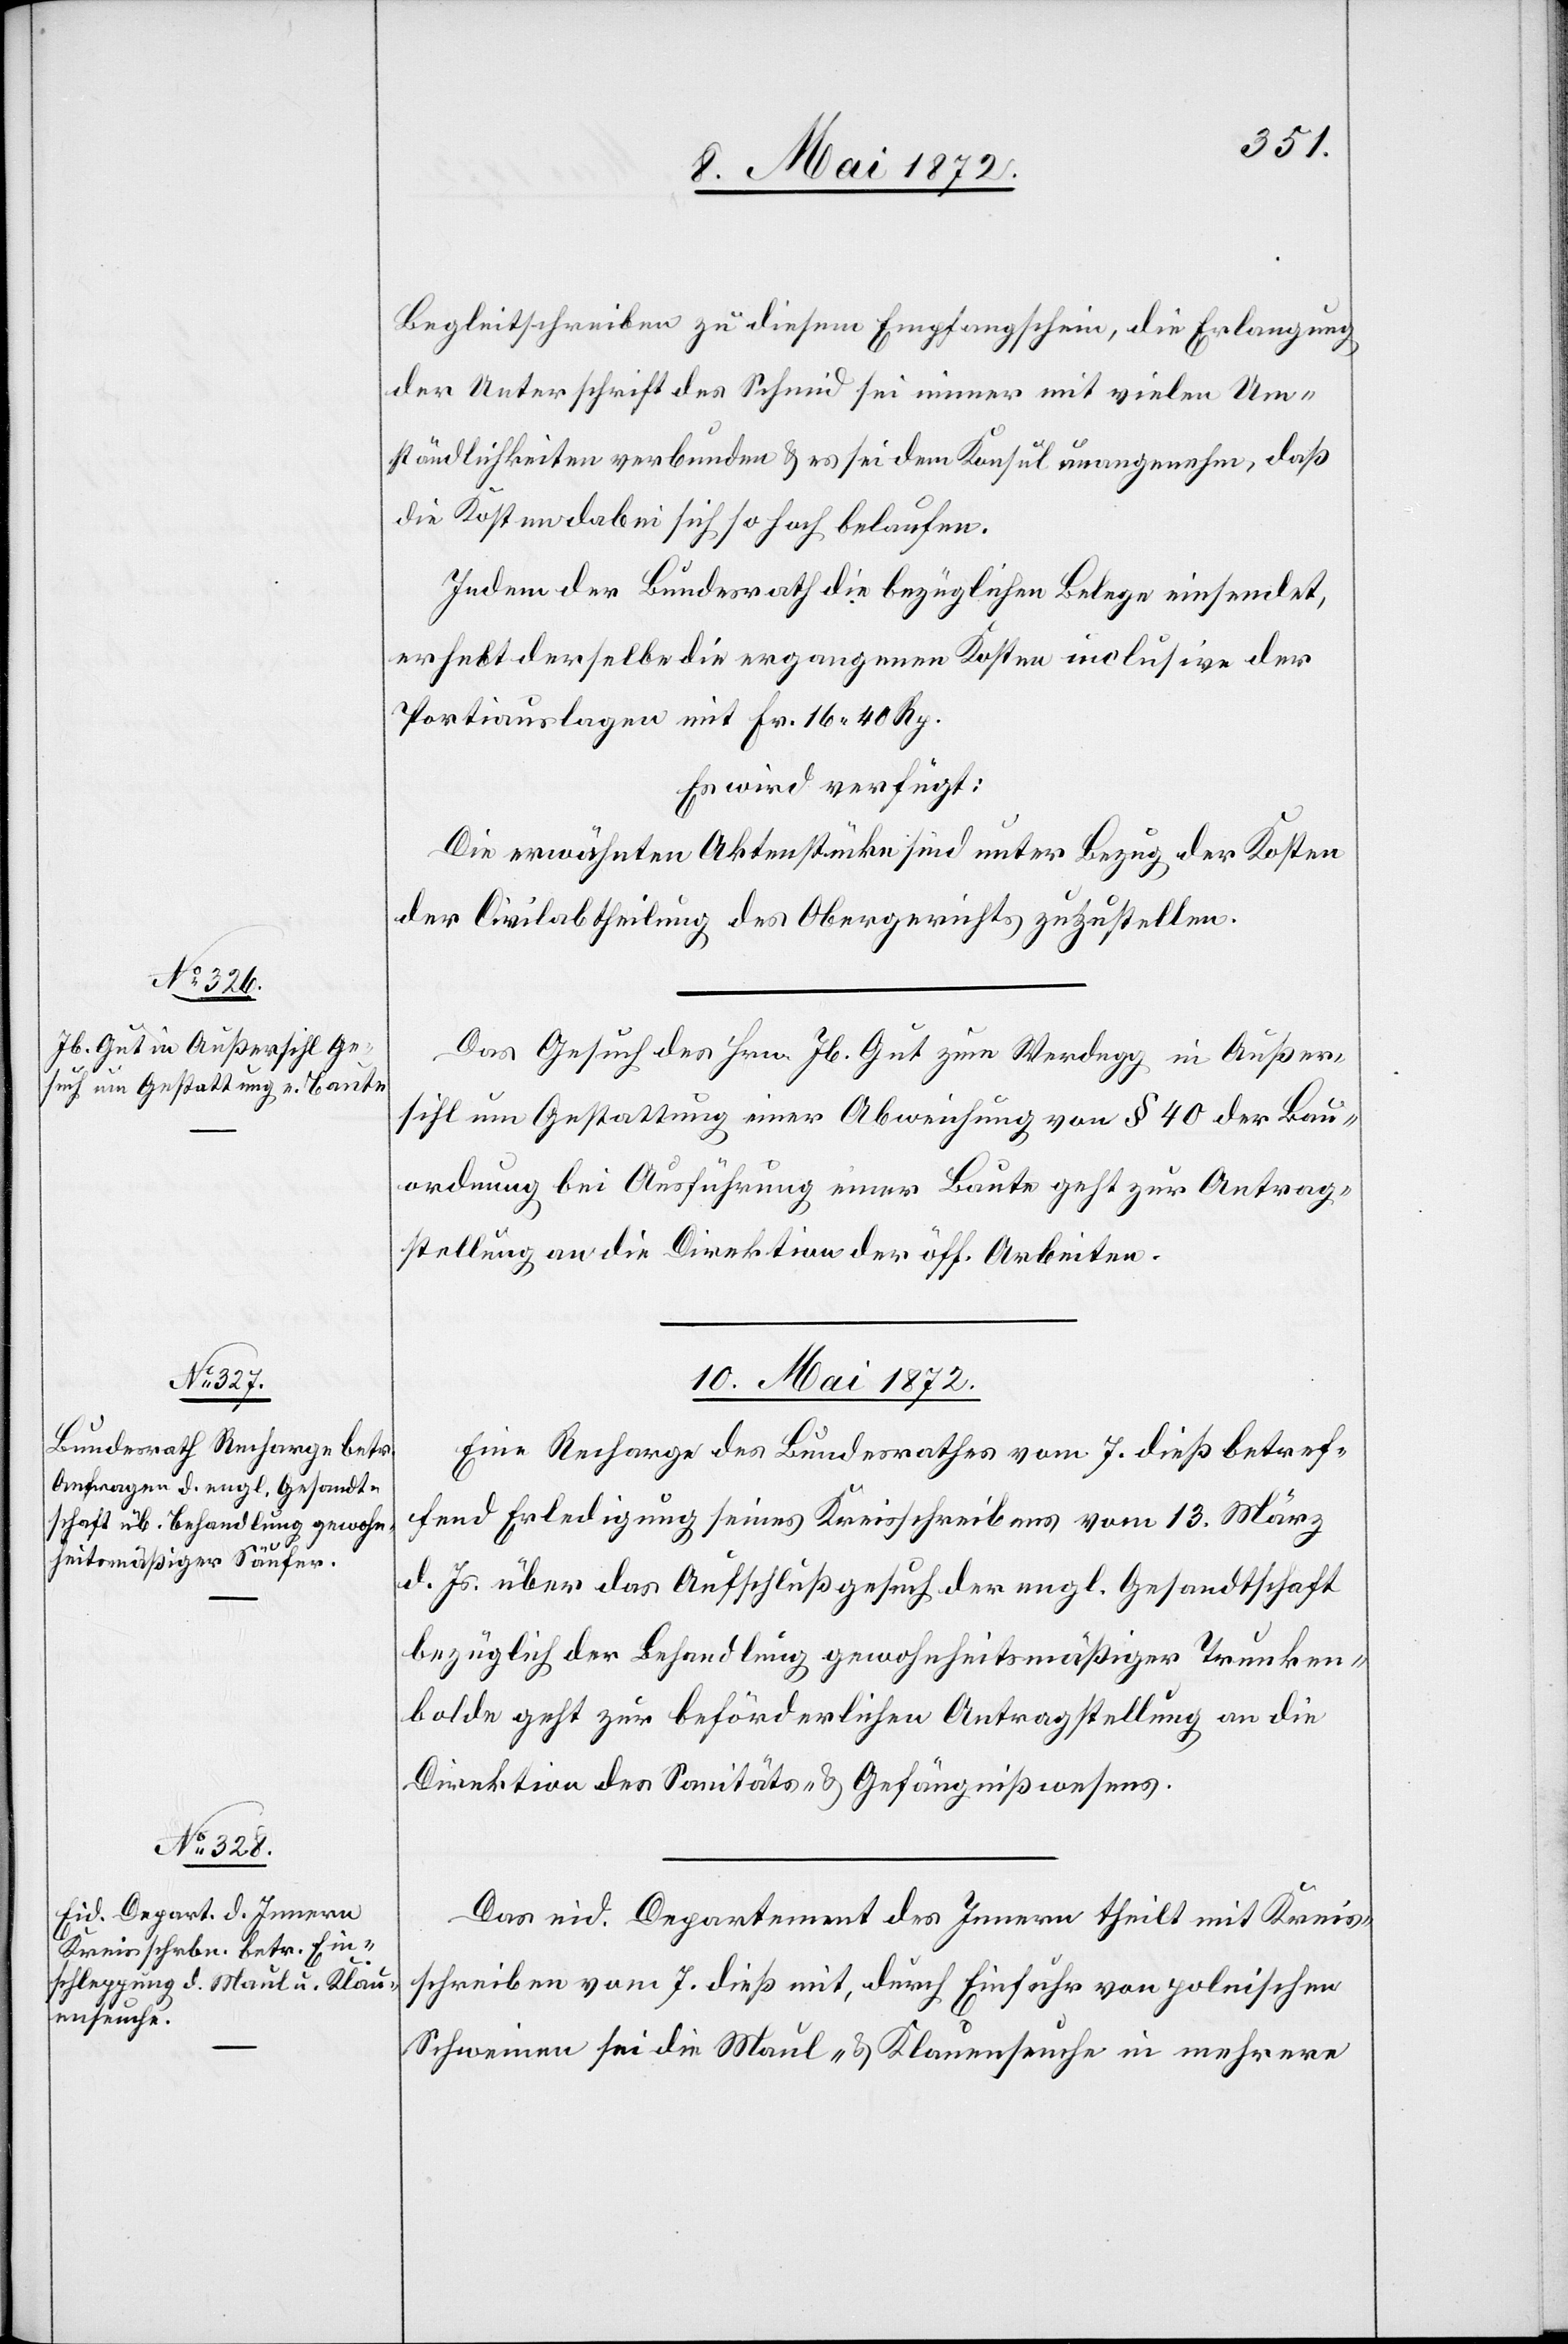
8. Mai 1872]
Begleitschreiben zu diesem Empfangschein, die Erlangung
der Unterschriften des Schmid sei immer mit vielen Um¬
ständlichkeiten verbunden u. es sei dem Konsul unangenehm, daß
die Kosten dabei sich so hoch belaufen.
Indem der Bundesrath die bezüglichen Belege einsendet,
erhebt derselbe die ergangenen Kosten inclusive der
Portiauslagen mit Fr. 16 40 Rp.
Es wird verfügt:
Die erwähnten Aktenstücke sind unter Bezug der Kosten
der Civilabtheilung des Obergerichts zuzustellen.
Das Gesuch des Hrn. Jb. Gut zum Werdegg in Außer¬
sihl um Gestattung einer Abweichung von § 40 der Bau¬
ordnung bei Ausführung einer Baute geht zur Antrag¬
stellung an die Direktion der öff. Arbeiten.
10. Mai 1872]
Eine Recharge des Bundesrathes vom 7. dieß betref¬
fend Erledigung seines Kreisschreibens vom 13. März
d. Js. über das Aufschlußgesuch der engl. Gesandtschaft
bezüglich der Behandlung gewohnheitsmäßiger Trunken¬
bolde geht zur beförderlichen Antragstellung an die
Direktion des Sanitäts- u. Gefängnißwesens.
Das eid. Departement des Innern theilt mit Kreis¬
schreiben vom 7. dieß mit, durch Einfuhr von polnischen
Schweinen sei die Maul- u. Klauenseuche in mehrere